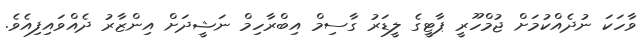
ވާހަކަ ނުދެއްކުމަށް ޖުމްހޫރީ ޕާޓީގެ ލީޑަރު ގާސިމް އިބްރާހިމް ނަޝީދަށް އިންޒާރު ދެއްވައިފިއެވެ.